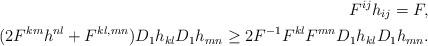
LaTeX: \begin{align*}F^{ij}h_{ij}=F,\\(2F^{km}h^{nl}+F^{kl,mn})D_1h_{kl}D_1h_{mn}\geq2F^{-1}F^{kl}F^{mn}D_1h_{kl}D_1h_{mn}.\end{align*}